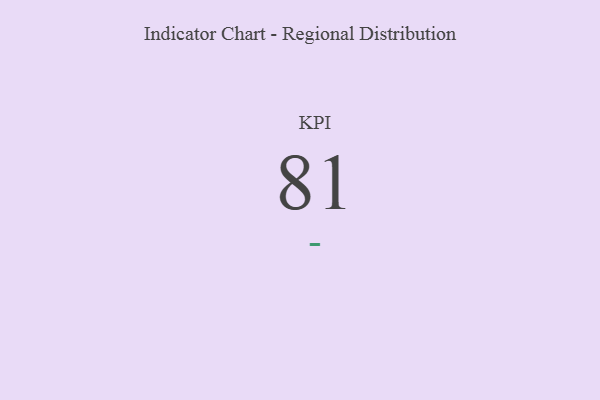
{"axis": {"x": "KPI", "y": "Value"}, "legend": [""], "data": [{"x": "KPI", "y": 81, "type": ""}]}